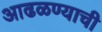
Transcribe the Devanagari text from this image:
आढळण्याची